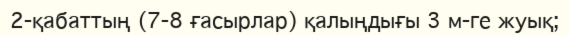
2-қабаттың (7-8 ғасырлар) қалыңдығы 3 м-ге жуық;